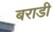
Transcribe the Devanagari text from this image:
बराडी